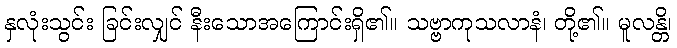
နှလုံးသွင်း ခြင်းလျှင် နီးသောအကြောင်းရှိ၏။ သဗ္ဗာကုသလာနံ၊ တို့၏။ မူလန္တိ၊